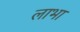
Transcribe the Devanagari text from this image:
लाभा